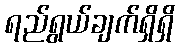
ရည်ရွယ်ချက်ရှိရှိ